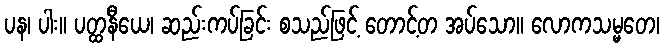
ပန၊ ပါး။ ပတ္ထနီယေ၊ ဆည်းကပ်ခြင်း စသည်ဖြင့် တောင့်တ အပ်သော။ လောကသမ္မတေ၊